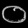
Digit: ၀